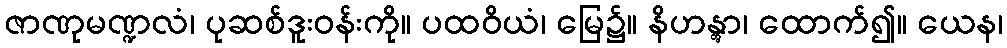
ဇာဏုမဏ္ဍလံ၊ ပုဆစ်ဒူးဝန်းကို။ ပထဝိယံ၊ မြေ၌။ နိဟန္တွာ၊ ထောက်၍။ ယေန၊